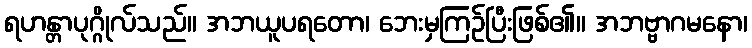
ရဟန္တာပုဂ္ဂိုလ်သည်။ အဘယူပရတော၊ ဘေးမှကြဉ်ပြီးဖြစ်၏။ အဘဗ္ဗာဂမနော၊